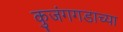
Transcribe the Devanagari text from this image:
कुजंगगडाच्या